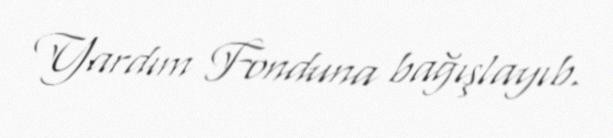
Yardım Fonduna bağışlayıb.